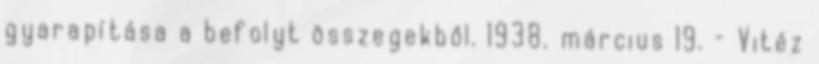
gyarapítása a befolyt összegekből. 1938. március 19. – Vitéz